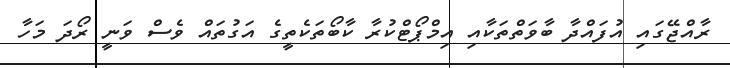
ރާއްޖޭގައި އުފައްދާ ބާވަތްތަކާއި އިމްޕޯޓްކުރާ ކާބޯތަކެތީގެ އަގުތައް ވެސް ވަނީ ރޯދަ މަހާ